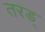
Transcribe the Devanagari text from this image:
तरड्